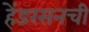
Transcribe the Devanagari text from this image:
हेंडरसनची